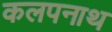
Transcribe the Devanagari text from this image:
कलपनाथ